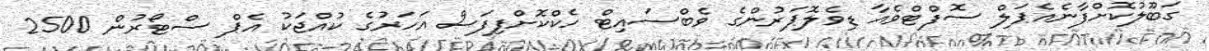
ގަބޫލުކޮށްފާނެއެޕަލް ސޮފްޓްވެއާ ޑިވެލޮޕަރުންގެ ވެބްސައިޓް ހެކްކޮށްފިފަސް އަހަރުގެ ކުއްޖަކު އެޕް ސްޓޯރުން 2500